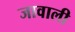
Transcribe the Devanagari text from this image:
जावाली